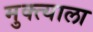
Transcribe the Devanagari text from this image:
मुक्त्याला